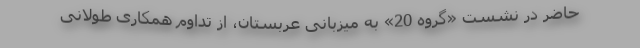
حاضر در نشست «گروه 20» به میزبانی عربستان، از تداوم همکاری طولانی